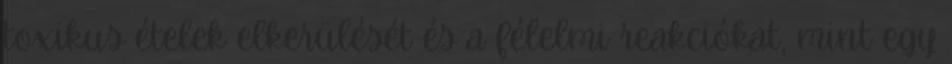
toxikus ételek elkerülését és a félelmi reakciókat, mint egy